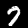
Digit: 7